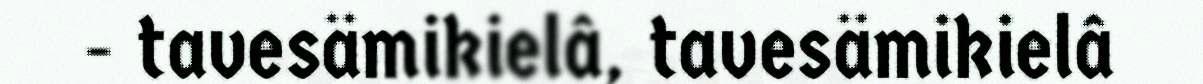
- tavesämikielâ, tavesämikielâ